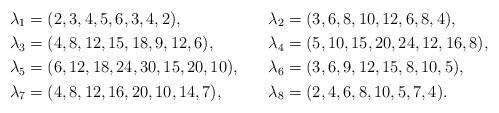
LaTeX: \begin{align*}\lambda_1 &= (2,3,4,5,6,3,4,2),&\lambda_2 &= (3,6,8,10,12,6,8,4),\\\lambda_3 &= (4,8,12,15,18,9,12,6),&\lambda_4 &= (5,10,15,20,24,12,16,8),\\\lambda_5 &= (6,12,18,24,30,15,20,10),&\lambda_6 &= (3,6,9,12,15,8,10,5),\\\lambda_7 &= (4,8,12,16,20,10,14,7),&\lambda_8 &= (2,4,6,8,10,5,7,4).\end{align*}